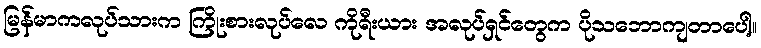
မြန်မာကလုပ်သားက ကြိုးစားလုပ်လေ ကိုရီးယား အလုပ်ရှင်တွေက ပိုသဘောကျတာပေါ့။